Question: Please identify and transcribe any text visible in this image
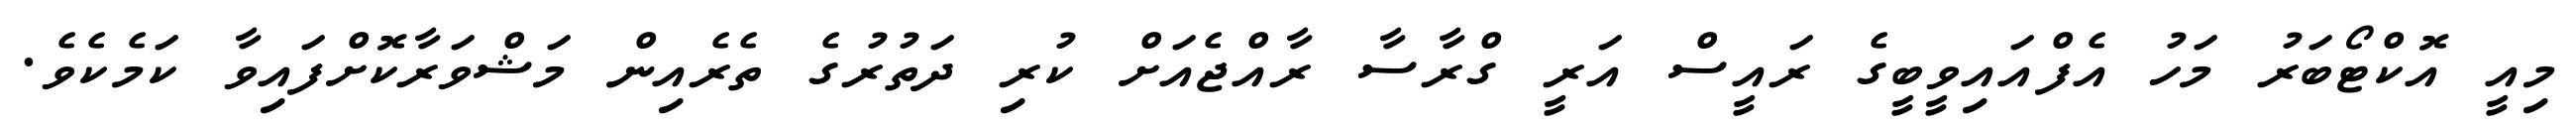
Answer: މިއީ އޮކްޓޯބަރު މަހު އެފްއައިވީބީގެ ރައީސް އަރީ ގްރާސާ ރާއްޖެއަށް ކުރި ދަތުރުގެ ތެރެއިން މަޝްވަރާކޮށްފައިވާ ކަމެކެވެ.